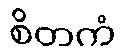
စိတကံ